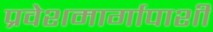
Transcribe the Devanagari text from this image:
प्रवेशमार्गापाशी